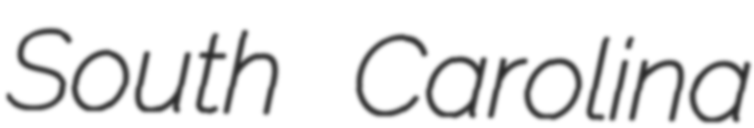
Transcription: South Carolina